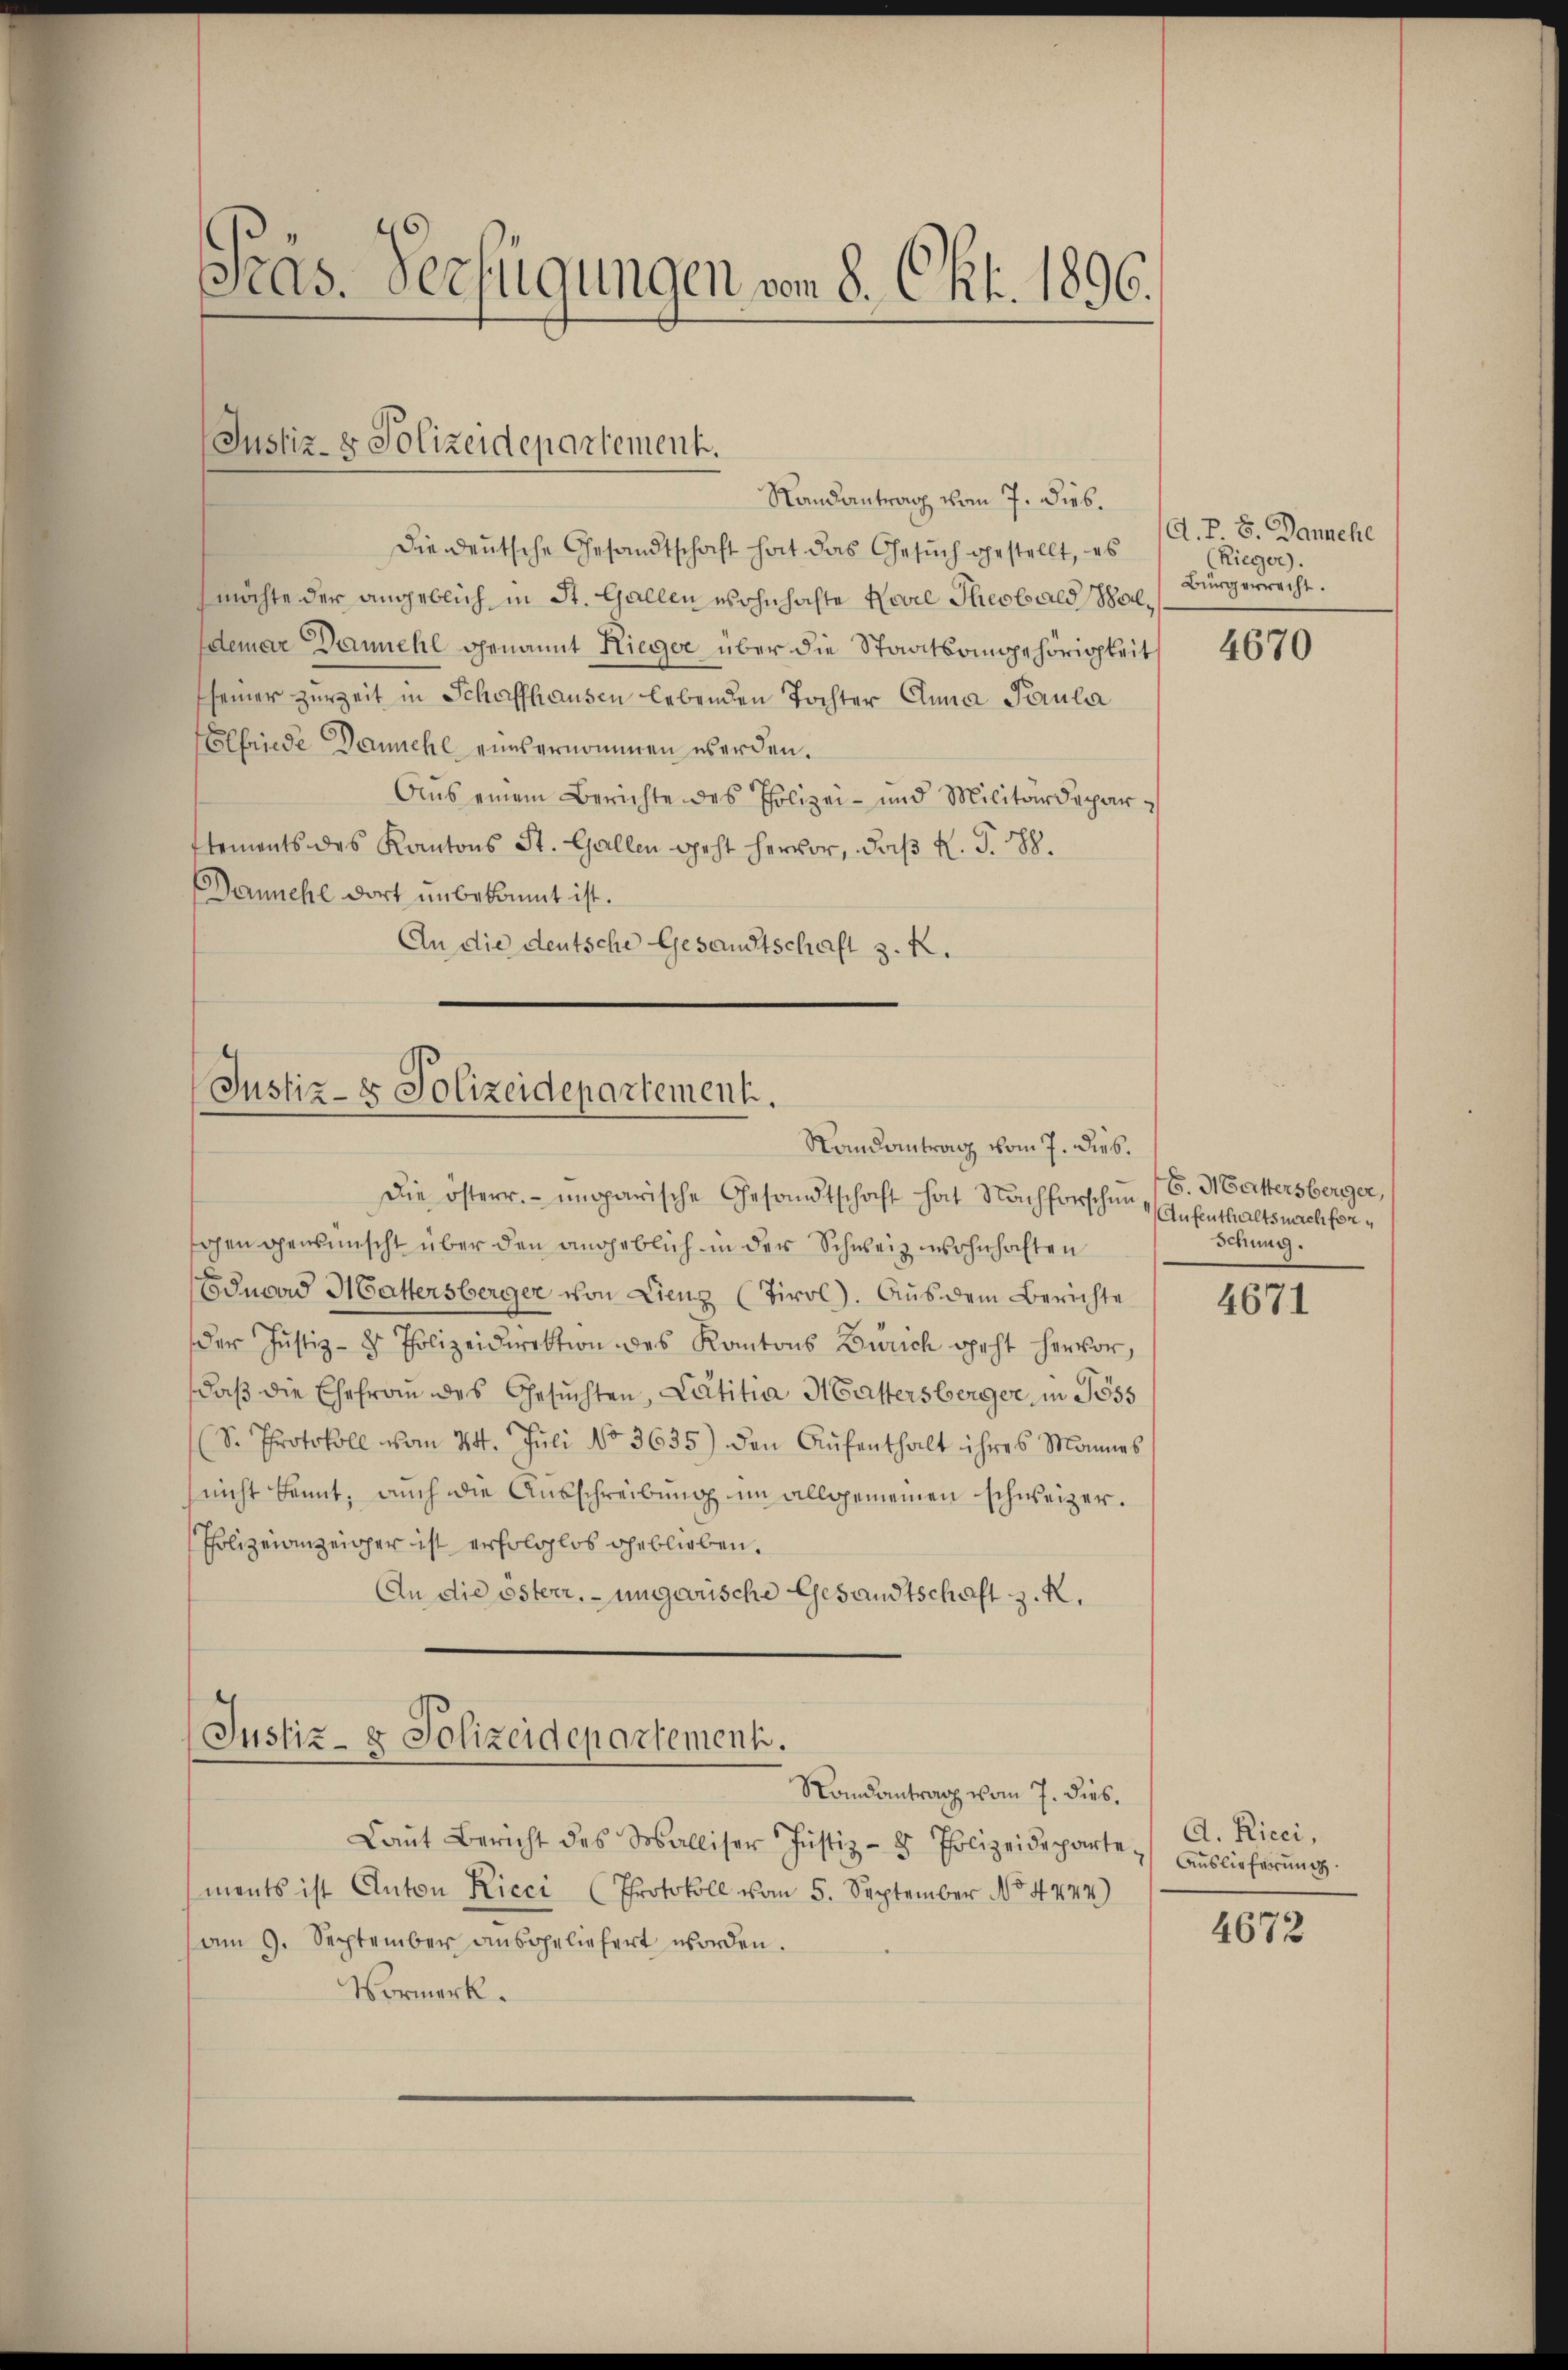
Präs. Verfügungen vom 8. Okt. 1890.

Justiz- & Polizeidepartement.

Die Deutsche Gesandtschaft hat das Gesuch gestellt, es
möchte der angeblich in St. Gallen wohnhachte Novil Theobald, Waldemar Danehl genannt Rieger über die Staatsangehörigkeit
seiner zurzeit in Schaffhausen lebenden Tochter Anna Paulia
Elfriede Dannehl einsernommen werden.
Aus einem Berichte des Polizei- und Militärdepar¬
Etements des Kantons St. Gallen geht hervor, daß H. S. 88
anehl dort unbekannt ist.
An die deutsche Gesandtschaft z. K.

Die österr. ungarische Gesandtschaft hat Nachforschen (S. Mattersberger,
gen gewünscht über den angeblich in der Schweiz wohnhaften
Eduoad Hattersberger von Lienz (Tirol. Aus dem Berichte
der Justiz- & Polizeidirektion des Kantons Zürich geht hervor,
daß die Ehefrau des Gesuchten, Latitia Hattersberger, in 355
(S. Protokoll vom 24. Jŭli No 3635) den Aŭfenthalt ihres Mannes
nicht kannt, auch die Ausschreibung im allgemeinen schweizer.
Polizeianzeiger ist erfolglos geblieben.
An die österr. ungarische Gesandtschaft z. K.

Randantrag vom 7. Dieb.

Justiz- & Polizeidepartement.
Randantrag vom 7. Dieb.

Justiz- & Polizeidepartement.
Randantrag vom 7. dies

Laŭt Bericht des Malliser Justiz- & Polizeideparte Auslieferŭng.
ments ist Anton Ricci (Protokoll vom 5. September No. 4444)
am 9. September ausgeliefert worden.
Vormerk.

A.P 8. Dannehl
(Rieger).
Bürgerrecht.

4670

Aufenthaltsnachforschung.

4671

A. Ricci,

4672